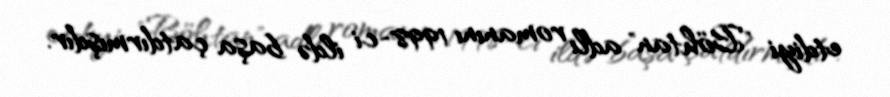
etdiyi "Böhtan" adlı romanını 1998-ci ildə başa çatdırmışdır.